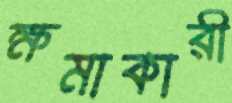
ক্ষমাকারী